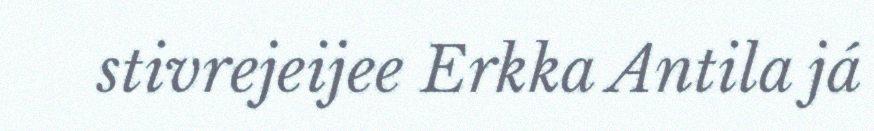
stivrejeijee Erkka Antila já